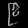
Digit: ၉